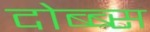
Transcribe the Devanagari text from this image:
दोब्ब्स